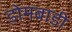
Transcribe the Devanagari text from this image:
डोमबाड़ी